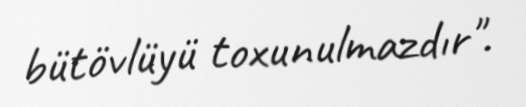
bütövlüyü toxunulmazdır".